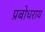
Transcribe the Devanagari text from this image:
प्रबोधराय